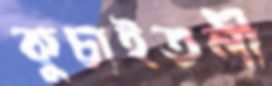
কুচাইতলী